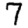
Digit: 7